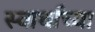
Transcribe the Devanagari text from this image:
स्वार्थाच्या